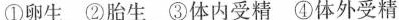
①卵生 ②胎生 ③体内受精 ④体外受精